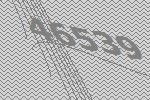
46539